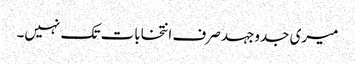
میری جدوجہد صرف انتخابات تک نہیں۔